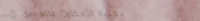
مكتبة الأفكار: عالم من ال